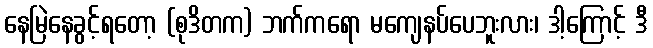
နေမြဲနေခွင့်ရတော့ (စုဒိတက) ဘက်ကရော မကျေနပ်ပေဘူးလား၊ ဒါ့ကြောင့် ဒီ